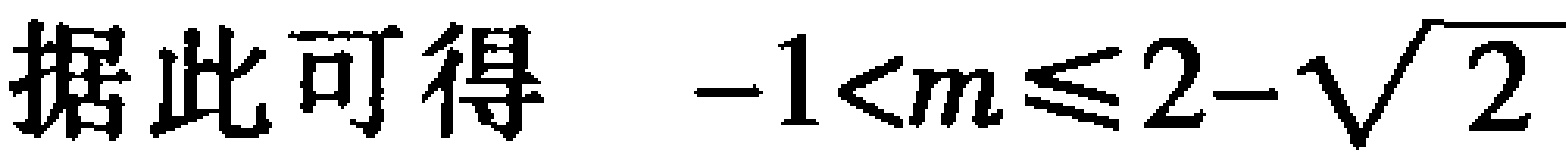
据此可得 \(-1<m\leqslant 2-\sqrt{2}\)